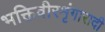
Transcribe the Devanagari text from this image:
भक्तिवीरशृंगारादी